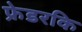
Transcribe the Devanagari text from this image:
फ्रेडरकि